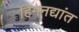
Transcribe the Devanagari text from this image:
हिमनद्यांत